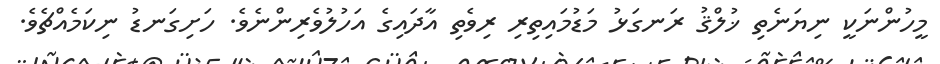
މީހުންނަކީ ނިޔަނެތި ޚުލްޤު ރަނގަޅު މަޑުމައިތިރި ރިވެތި އާދައިގެ އަހުލުވެރިންނެވެ. ހަށިގަނޑު ނިކަމެއްޗެވެ.